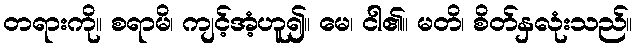
တရားကို။ စရာမိ၊ ကျင့်အံ့ဟူ၍။ မေ၊ ငါ၏။ မတိ၊ စိတ်နှလုံးသည်။